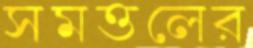
সমত্তলের